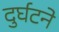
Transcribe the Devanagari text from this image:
दुर्घटने